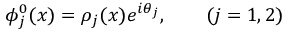
\phi _ { j } ^ { 0 } ( x ) = \rho _ { j } ( x ) { e } ^ { i \theta _ { j } } , \qquad ( j = 1 , 2 )